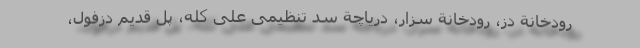
رودخانة دز، رودخانة سزار، دریاچة سد تنظیمی علی کله، پل قدیم دزفول،